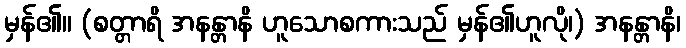
မှန်၏။ (စတ္တာရိ အနန္တာနိ ဟူသောစကားသည် မှန်၏ဟူလို၊) အနန္တာနိ၊